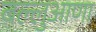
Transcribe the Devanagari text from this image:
बल्लुआणा